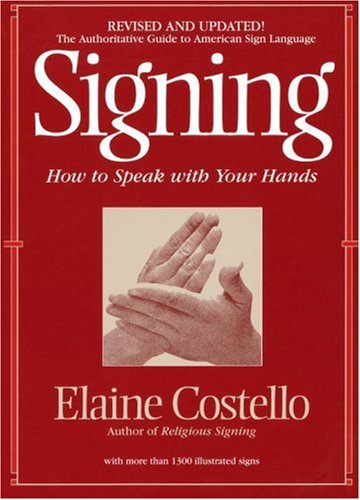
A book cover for Signing: How To Speak With YOur Hands; Elaine Costello Ph.D.; Medical Books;